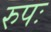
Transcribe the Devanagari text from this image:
रुपः